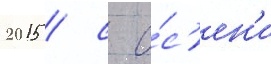
2015 / с о́с'ен'и